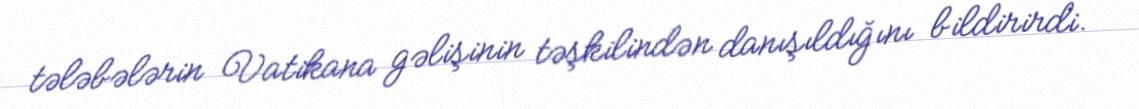
tələbələrin Vatikana gəlişinin təşkilindən danışıldığını bildirirdi.